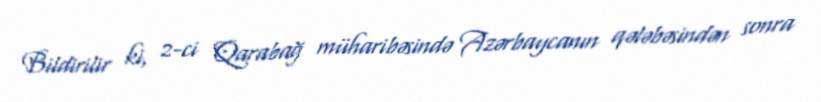
Bildirilir ki, 2-ci Qarabağ müharibəsində Azərbaycanın qələbəsindən sonra